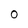
Character: 0